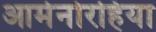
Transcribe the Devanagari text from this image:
आमेनोरहिया